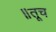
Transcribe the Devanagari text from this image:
॥तूच